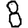
Digit: 8